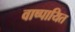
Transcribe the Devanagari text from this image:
वाष्पायित